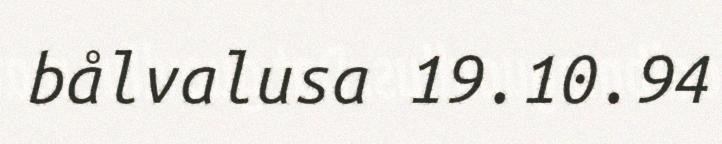
bålvalusa 19.10.94